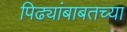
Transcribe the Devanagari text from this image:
पिढ्यांबाबतच्या